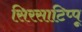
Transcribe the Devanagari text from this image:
सिरसाटिप्पू